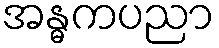
အန္ဓကပညာ